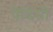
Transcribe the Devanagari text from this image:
पेदिग्री